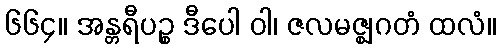
၆၆၄။ အန္တရီပဉ္စ ဒီပေါ ဝါ၊ ဇလမဇ္ဈဂတံ ထလံ။